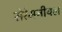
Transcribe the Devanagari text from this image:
सेरेमनीयल